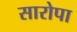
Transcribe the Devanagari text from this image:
सारोपा